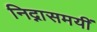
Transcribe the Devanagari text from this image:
निद्नासमयीं